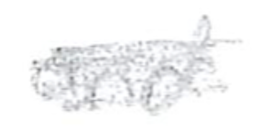
Text: and
Cross-out: mix
Writing tool: pencil